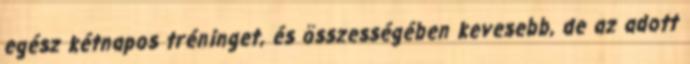
egész kétnapos tréninget, és összességében kevesebb, de az adott